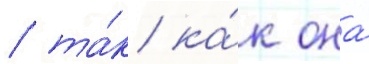
/ та́к ка́к она́